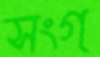
সংগ্